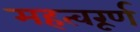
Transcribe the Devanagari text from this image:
महत्वरूर्ण